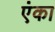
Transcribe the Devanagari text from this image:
एंका